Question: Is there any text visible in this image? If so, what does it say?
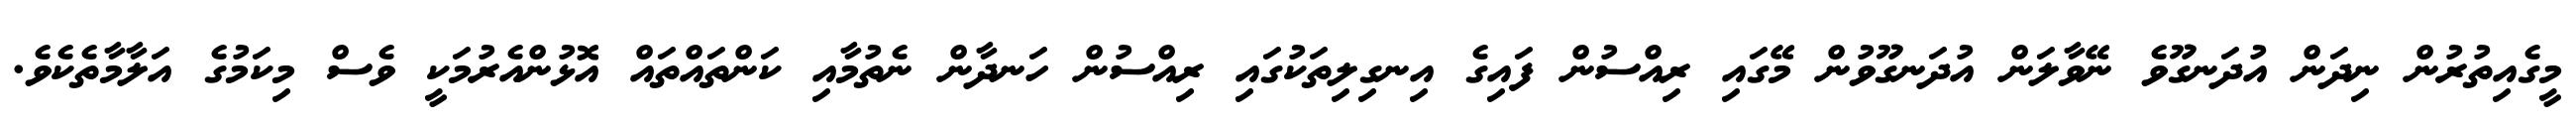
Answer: މީގެއިތުރުން ނިދަން އުދަނގޫވެ ނޭވާލަން އުދަނގޫވުން މޭގައި ރިއްސުން ފައިގެ އިނގިލިތަކުގައި ރިއްސުން ހަނދާން ނެތުމާއި ކަންތައްތައް އޮޅުންއެރުމަކީ ވެސް މިކަމުގެ އަލާމާތެކެވެ.